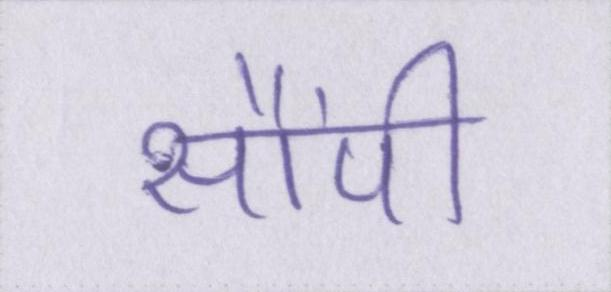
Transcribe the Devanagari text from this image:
सौंपी